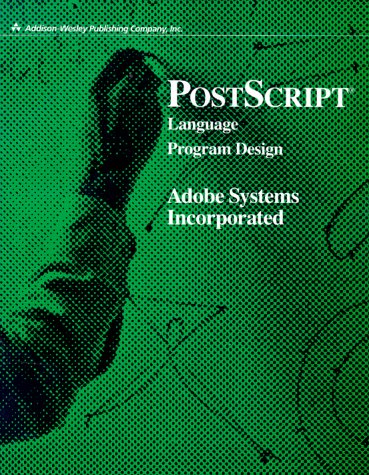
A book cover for PostScript Language Program Design; Adobe Systems  Inc.; Computers & Technology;